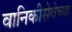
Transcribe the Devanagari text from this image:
वानिकीसेवेच्या